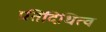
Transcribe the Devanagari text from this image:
प्रतिदिधित्व